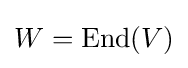
W=\operatorname {End} (V)